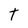
Character: t